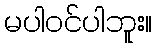
မပါဝင်ပါဘူး။